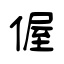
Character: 偓